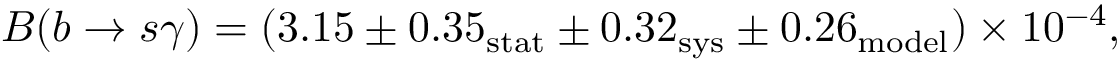
B ( b \rightarrow s \gamma ) = ( 3 . 1 5 \pm 0 . 3 5 _ { \mathrm { s t a t } } \pm 0 . 3 2 _ { \mathrm { s y s } } \pm 0 . 2 6 _ { \mathrm { m o d e l } } ) \times 1 0 ^ { - 4 } ,